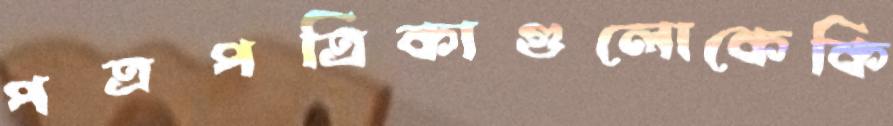
পত্রপত্রিকাগুলোকেকি